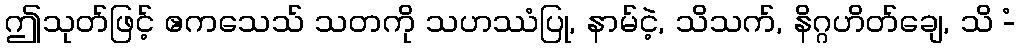
ဤသုတ်ဖြင့် ဧကသေသ် သတကို သဟဿံပြု, နာမ်ငဲ့, သိသက်, နိဂ္ဂဟိတ်ချေ, သိ -ံ